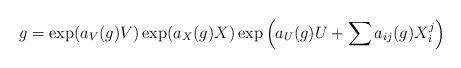
LaTeX: \begin{align*}g = \exp(a_V(g)V) \exp(a_X(g)X)\exp\left( a_U(g)U + \sum a_{ij}(g) X_i^j\right)\end{align*}